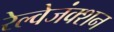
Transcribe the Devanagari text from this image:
रेल्वेजंक्शन